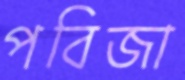
পবিজা